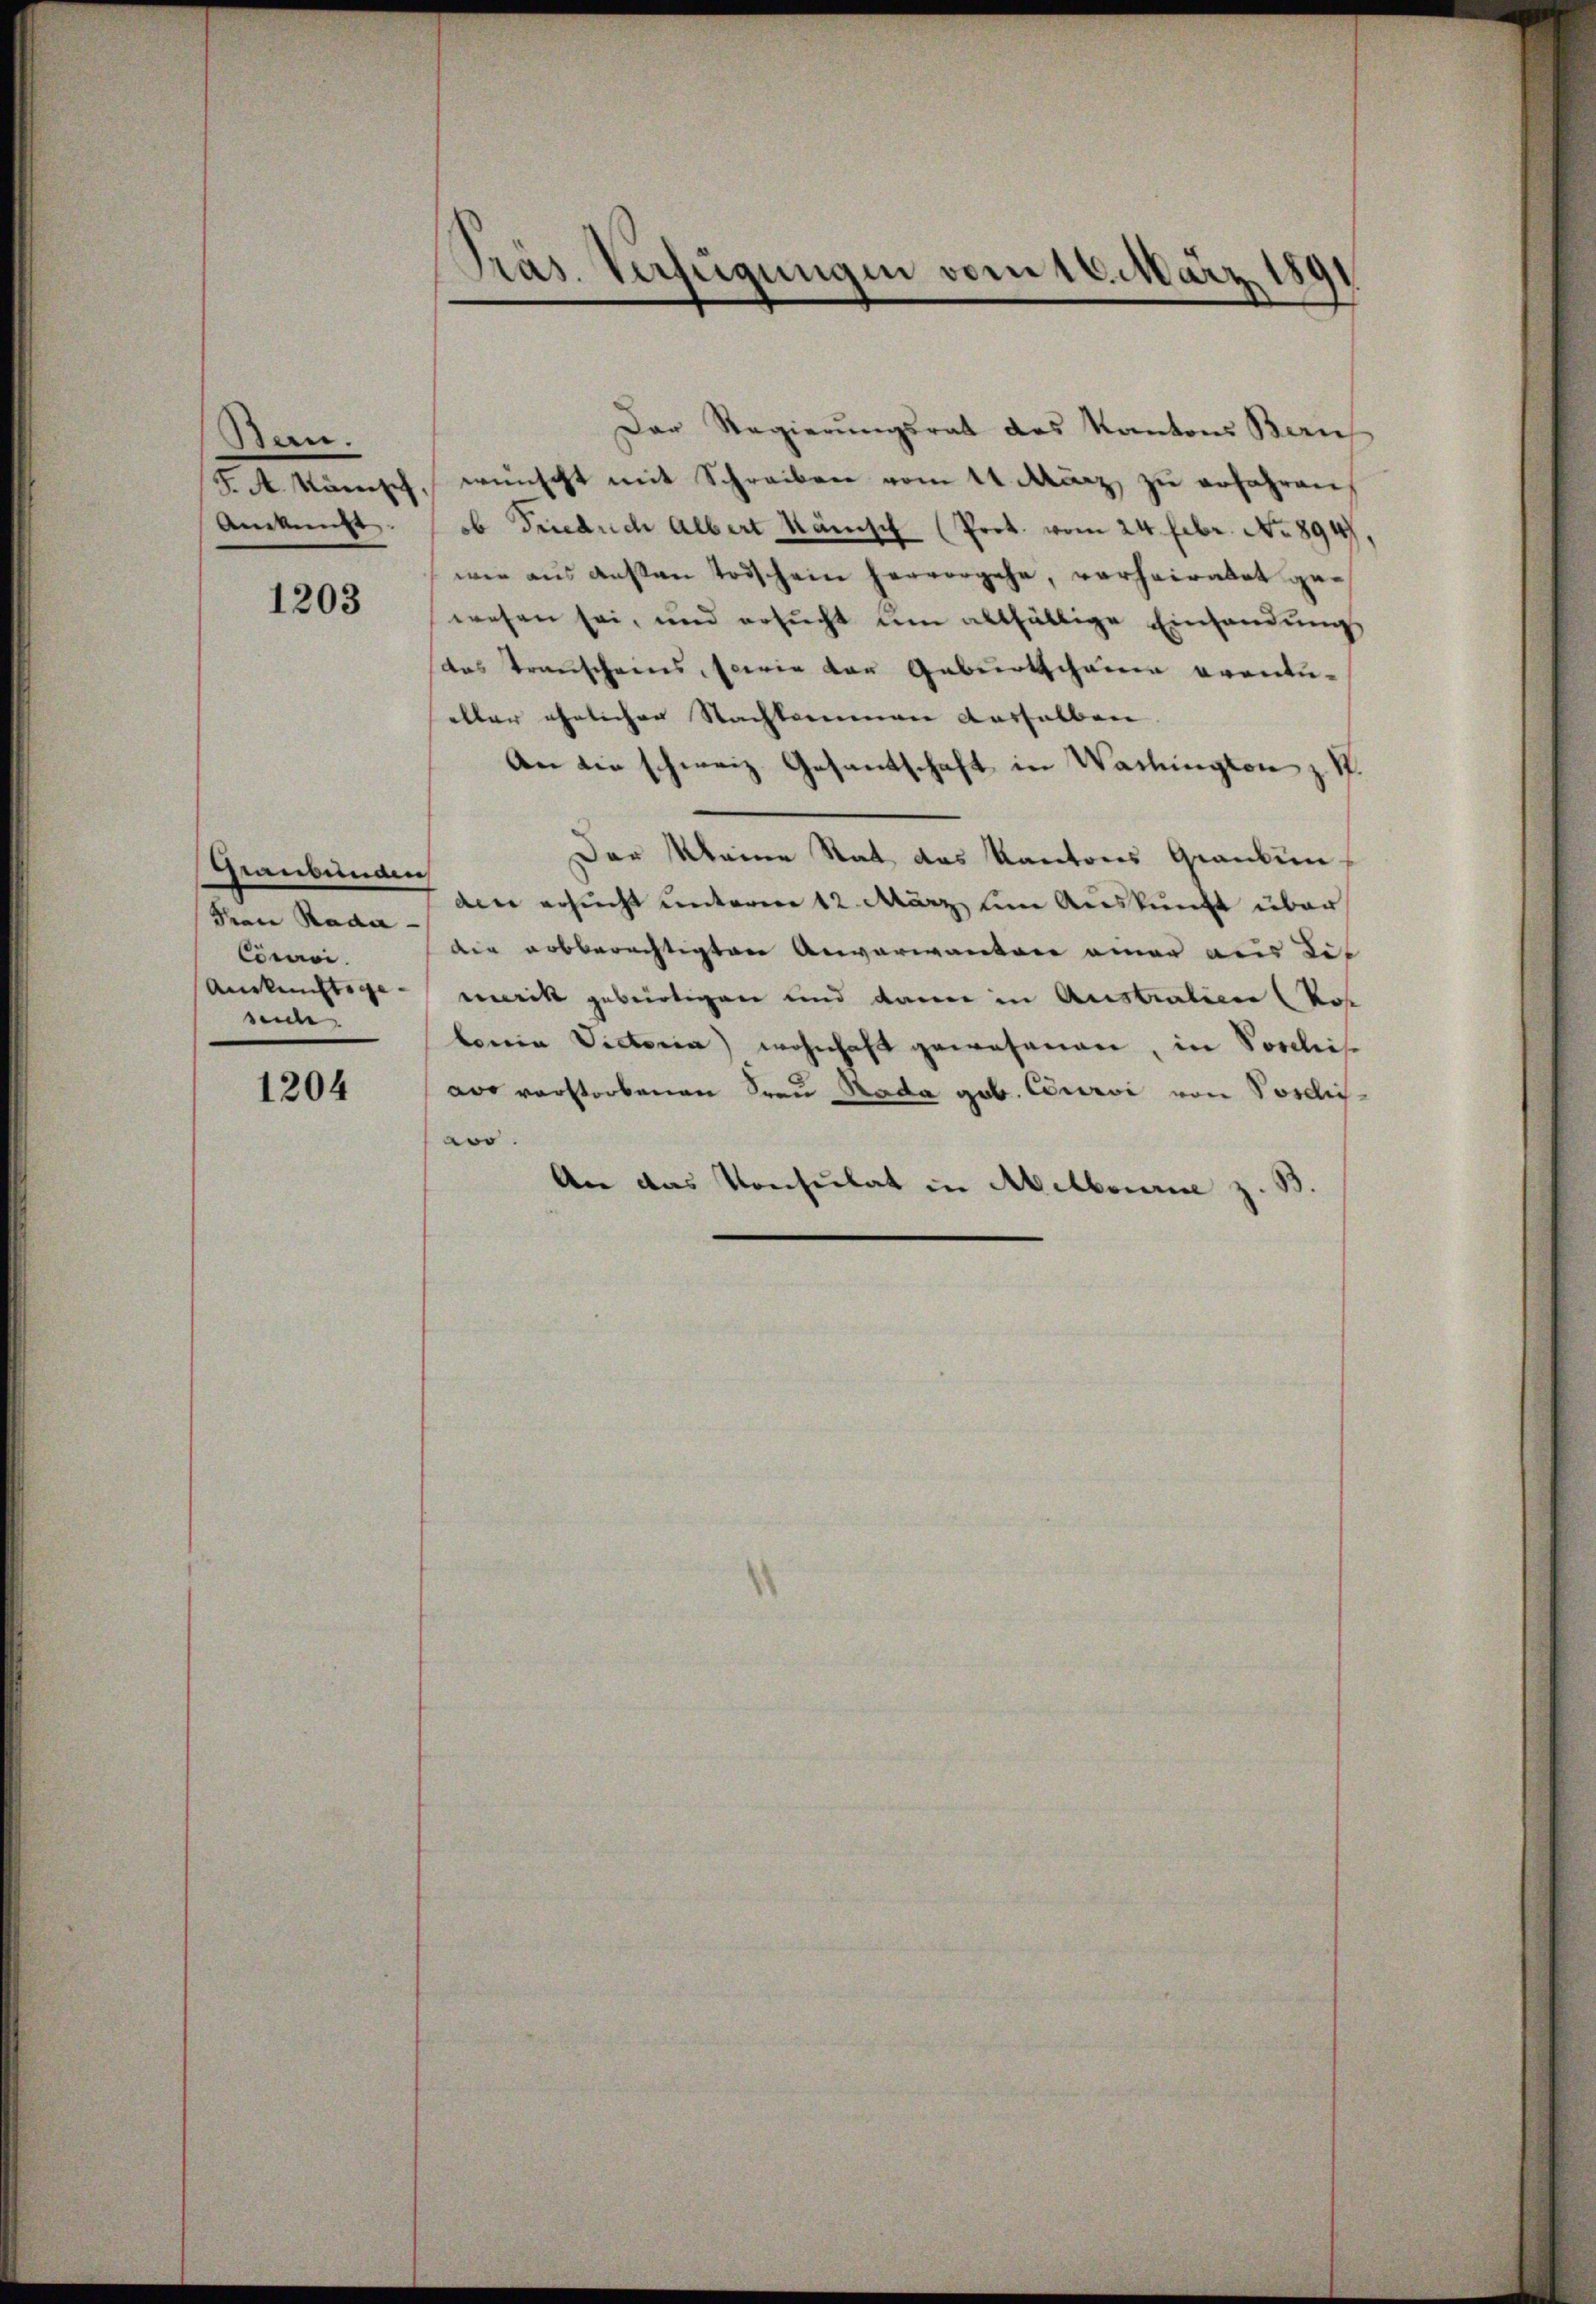
Bern.
F. A. känisch,
Auskunft

1203

Graubünden
Frau Rada- |
Convi
Anrechtsgeseide.

1204

Pras. Verfügungen vom 16. März 180

Der Regierungsrat des Kantons Bern
wünscht mit Schreiben vom 14. März zu erfahren,
ob Friedrich Albert Känisch (Prot. vom 24. Febr. No. 894)
wie aus ansten Todschein hervorgehe, vorheiratet gewesen sei, und ersucht um allfältige Einhandungs
das Transcheins, sowie der Geburtschauen eranti-
eller ähnlichen Nachkommen dasselben
An die schweiz. Gesantschaft in Washington z. S.
Der Meine Rat das Kantons Grankun
den ersucht unterm 12. März um Auskunft über
die abberechtigten Anverwandere einer aus dis
nritt gebürtigen und dann in Austratier (Pos
lonia Victoria wohnhaft gewesenen, in Vorles
aos verstorbenen Frau Rada gob. Couri von Vosdisao.
An das Konsulat in Abelbourie z. B.